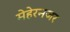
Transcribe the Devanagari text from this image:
मेहेरनजर